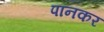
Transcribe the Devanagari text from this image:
पानकर